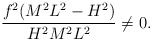
\begin{align*}\hspace{10em}\frac{f^{2}(M^{2}L^{2}-H^{2})}{H^{2}M^{2}L^{2}}\neq 0.\end{align*}